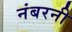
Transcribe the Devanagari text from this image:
नंबरनी